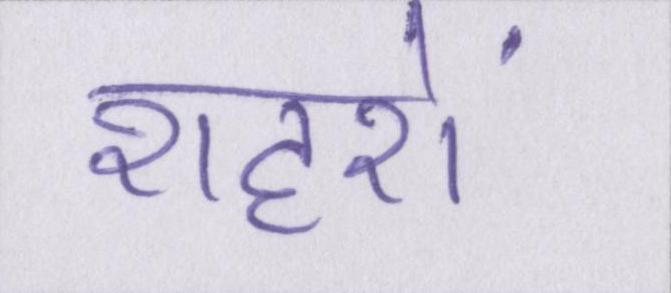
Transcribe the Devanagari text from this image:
शहरों